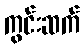
ကွင်းဆက်